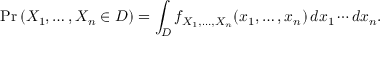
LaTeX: \operatorname* { P r } \left( X _ { 1 } , \ldots , X _ { n } \in D \right) = \int _ { D } f _ { X _ { 1 } , \ldots , X _ { n } } ( x _ { 1 } , \ldots , x _ { n } ) \, d x _ { 1 } \cdots d x _ { n } .